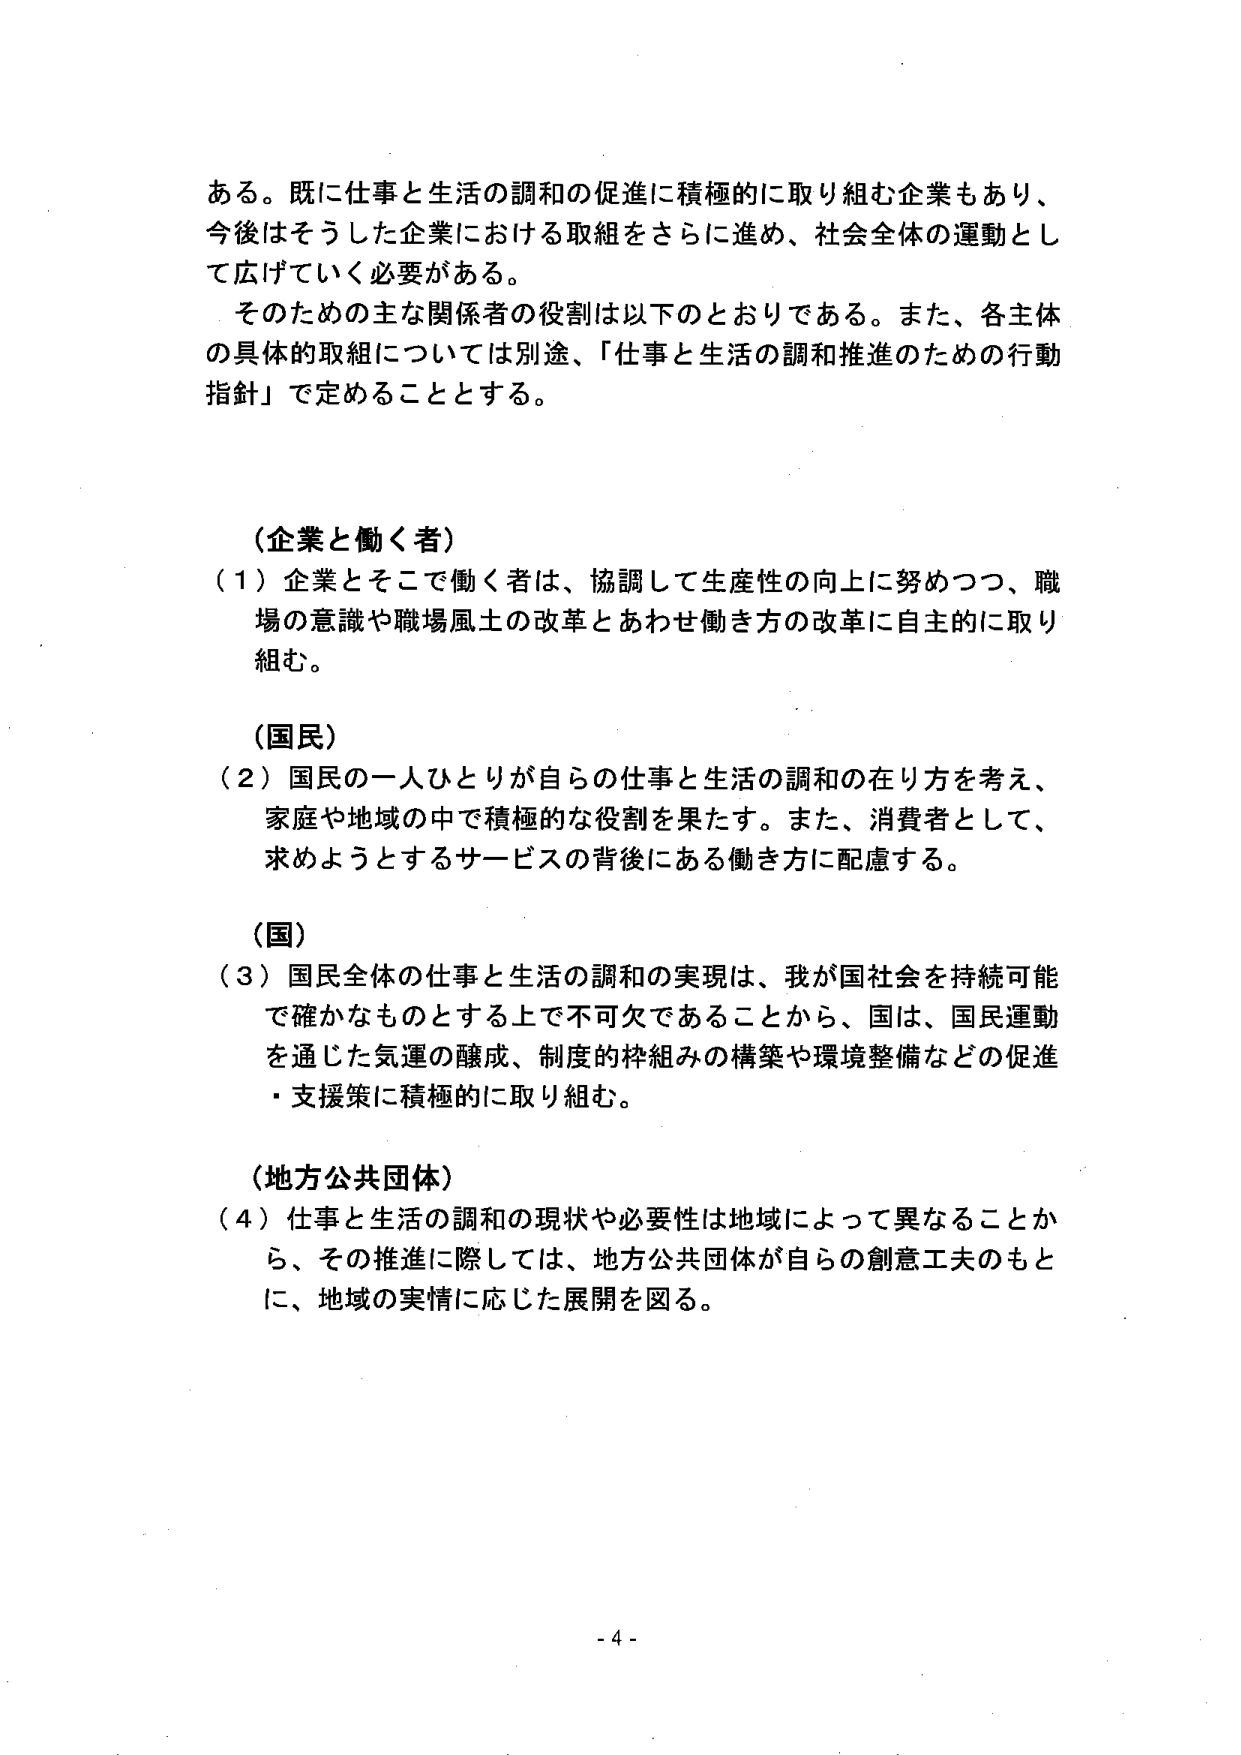
ある。既に仕事と生活の調和の促進に積極的に取り組む企業もあり、
今後はそうした企業における取組をさらに進め、社会全体の運動とし
て広げていく必要がある。
そのための主な関係者の役割は以下のとおりである。また、各主体
の具体的取組については別途、「仕事と生活の調和推進のための行動
指針」で定めることとする。

（企業と働く者）
（１）企業とそこで働く者は、協調して生産性の向上に努めつつ、職
場の意識や職場風土の改革とあわせ働き方の改革に自主的に取り
組む。

（国民）
（２）国民の一人ひとりが自らの仕事と生活の調和の在り方を考え、
家庭や地域の中で積極的な役割を果たす。また、消費者として、
求めようとするサービスの背後にある働き方に配慮する。

（国）
（３）国民全体の仕事と生活の調和の実現は、我が国社会を持続可能
で確かなものとする上で不可欠であることから、国は、国民運動
を通じた気運の醸成、制度的枠組みの構築や環境整備などの促進
・支援策に積極的に取り組む。

（地方公共団体）
（４）仕事と生活の調和の現状や必要性は地域によって異なることか
ら、その推進に際しては、地方公共団体が自らの創意工夫のもと
に、地域の実情に応じた展開を図る。

- 4 -